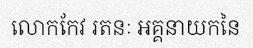
លោកកែវ រតនៈ អគ្គនាយកនៃ